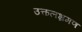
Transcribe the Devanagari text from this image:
उत्कलभ्रमण